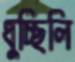
ধুচ্ছিলি